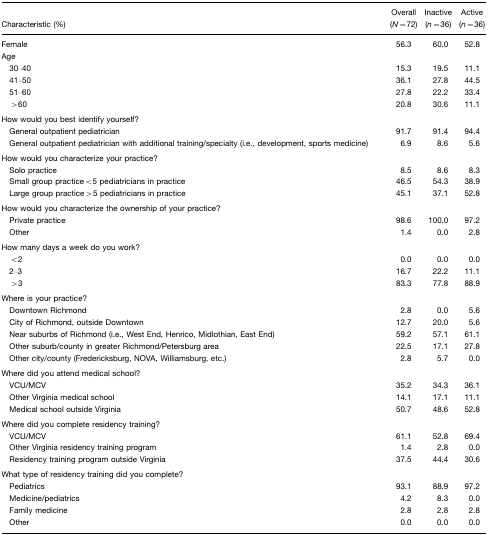
<table><thead><tr><td><b>Characteristic (%)</b></td><td><b>Overall (<i>N</i>=72)</b></td><td><b>Inactive (<i>n</i>=36)</b></td><td><b>Active (<i>n</i>=36)</b></td></tr></thead><tbody><tr><td>Female</td><td>56.3</td><td>60.0</td><td>52.8</td></tr><tr><td>Age</td><td>[EMPTY_CELL]</td><td>[EMPTY_CELL]</td><td>[EMPTY_CELL]</td></tr><tr><td> 30–40</td><td>15.3</td><td>19.5</td><td>11.1</td></tr><tr><td> 41–50</td><td>36.1</td><td>27.8</td><td>44.5</td></tr><tr><td> 51–60</td><td>27.8</td><td>22.2</td><td>33.4</td></tr><tr><td>&gt; 60</td><td>20.8</td><td>30.6</td><td>11.1</td></tr><tr><td>How would you best identify yourself?</td><td>[EMPTY_CELL]</td><td>[EMPTY_CELL]</td><td>[EMPTY_CELL]</td></tr><tr><td> General outpatient pediatrician</td><td>91.7</td><td>91.4</td><td>94.4</td></tr><tr><td> General outpatient pediatrician with additional training/specialty (i.e., development, sports medicine)</td><td>6.9</td><td>8.6</td><td>5.6</td></tr><tr><td>How would you characterize your practice?</td><td>[EMPTY_CELL]</td><td>[EMPTY_CELL]</td><td>[EMPTY_CELL]</td></tr><tr><td> Solo practice</td><td>8.5</td><td>8.6</td><td>8.3</td></tr><tr><td> Small group practice &lt; 5 pediatricians in practice</td><td>46.5</td><td>54.3</td><td>38.9</td></tr><tr><td> Large group practice &gt; 5 pediatricians in practice</td><td>45.1</td><td>37.1</td><td>52.8</td></tr><tr><td>How would you characterize the ownership of your practice?</td><td>[EMPTY_CELL]</td><td>[EMPTY_CELL]</td><td>[EMPTY_CELL]</td></tr><tr><td> Private practice</td><td>98.6</td><td>100.0</td><td>97.2</td></tr><tr><td> Other</td><td>1.4</td><td>0.0</td><td>2.8</td></tr><tr><td>How many days a week do you work?</td><td>[EMPTY_CELL]</td><td>[EMPTY_CELL]</td><td>[EMPTY_CELL]</td></tr><tr><td>&lt; 2</td><td>0.0</td><td>0.0</td><td>0.0</td></tr><tr><td> 2–3</td><td>16.7</td><td>22.2</td><td>11.1</td></tr><tr><td>&gt; 3</td><td>83.3</td><td>77.8</td><td>88.9</td></tr><tr><td>Where is your practice?</td><td>[EMPTY_CELL]</td><td>[EMPTY_CELL]</td><td>[EMPTY_CELL]</td></tr><tr><td> Downtown Richmond</td><td>2.8</td><td>0.0</td><td>5.6</td></tr><tr><td> City of Richmond, outside Downtown</td><td>12.7</td><td>20.0</td><td>5.6</td></tr><tr><td> Near suburbs of Richmond (i.e., West End, Henrico, Midlothian, East End)</td><td>59.2</td><td>57.1</td><td>61.1</td></tr><tr><td> Other suburb/county in greater Richmond/Petersburg area</td><td>22.5</td><td>17.1</td><td>27.8</td></tr><tr><td> Other city/county (Fredericksburg, NOVA, Williamsburg, etc.)</td><td>2.8</td><td>5.7</td><td>0.0</td></tr><tr><td>Where did you attend medical school?</td><td>[EMPTY_CELL]</td><td>[EMPTY_CELL]</td><td>[EMPTY_CELL]</td></tr><tr><td> VCU/MCV</td><td>35.2</td><td>34.3</td><td>36.1</td></tr><tr><td> Other Virginia medical school</td><td>14.1</td><td>17.1</td><td>11.1</td></tr><tr><td> Medical school outside Virginia</td><td>50.7</td><td>48.6</td><td>52.8</td></tr><tr><td>Where did you complete residency training?</td><td>[EMPTY_CELL]</td><td>[EMPTY_CELL]</td><td>[EMPTY_CELL]</td></tr><tr><td> VCU/MCV</td><td>61.1</td><td>52.8</td><td>69.4</td></tr><tr><td> Other Virginia residency training program</td><td>1.4</td><td>2.8</td><td>0.0</td></tr><tr><td> Residency training program outside Virginia</td><td>37.5</td><td>44.4</td><td>30.6</td></tr><tr><td>What type of residency training did you complete?</td><td>[EMPTY_CELL]</td><td>[EMPTY_CELL]</td><td>[EMPTY_CELL]</td></tr><tr><td> Pediatrics</td><td>93.1</td><td>88.9</td><td>97.2</td></tr><tr><td> Medicine/pediatrics</td><td>4.2</td><td>8.3</td><td>0.0</td></tr><tr><td> Family medicine</td><td>2.8</td><td>2.8</td><td>2.8</td></tr><tr><td> Other</td><td>0.0</td><td>0.0</td><td>0.0</td></tr></tbody></table>